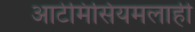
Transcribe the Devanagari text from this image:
आर्टेमिसियमलाही